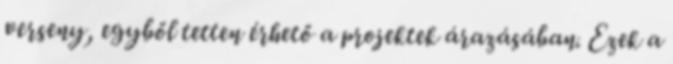
verseny, egyből tetten érhető a projektek árazásában. Ezek a